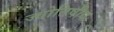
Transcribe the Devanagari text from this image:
ज्‍योतिषीय